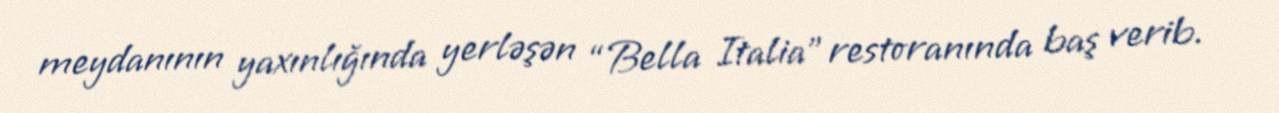
meydanının yaxınlığında yerləşən “Bella Italia” restoranında baş verib.